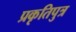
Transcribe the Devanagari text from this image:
प्रकृतिपुत्र